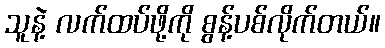
သူနဲ့ လက်ထပ်ဖို့ကို စွန့်ပစ်လိုက်တယ်။